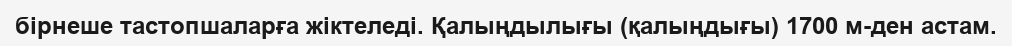
бірнеше тастопшаларға жіктеледі. Қалыңдылығы (қалыңдығы) 1700 м-ден астам.